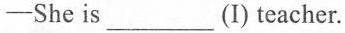
-She is ___ (I) teacher.